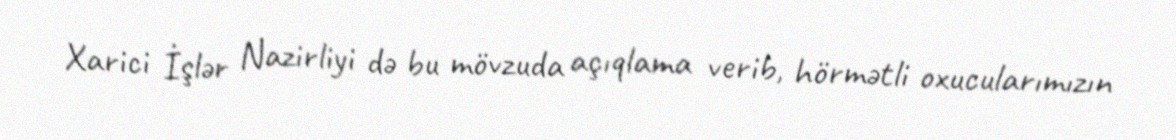
Xarici İşlər Nazirliyi də bu mövzuda açıqlama verib, hörmətli oxucularımızın